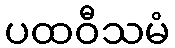
ပထဝီသမံ